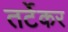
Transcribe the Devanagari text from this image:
तर्टेकर